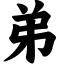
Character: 弟